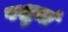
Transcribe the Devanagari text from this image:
पशुमां